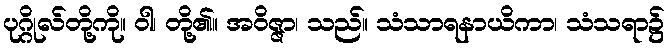
ပုဂ္ဂိုလ်တို့ကို။ ဝါ၊ တို့၏။ အဝိဇ္ဇာ၊ သည်။ သံသာရနာယိကာ၊ သံသရာ၌